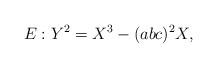
LaTeX: \begin{align*} E : Y^{2} = X^{3} - (abc)^{2} X,\end{align*}